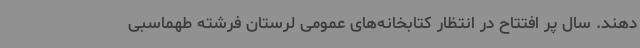
دهند. سال پر افتتاح در انتظار کتابخانه‌های عمومی لرستان فرشته طهماسبی